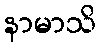
နာမာသိ